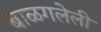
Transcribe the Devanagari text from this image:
बाळगलेली